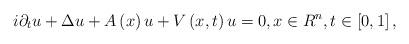
LaTeX: \begin{align*}i\partial _{t}u+\Delta u+A\left( x\right) u+V\left( x,t\right) u=0,x\in R^{n},t\in \left[ 0,1\right] , \end{align*}